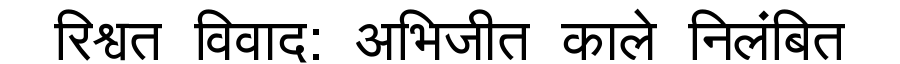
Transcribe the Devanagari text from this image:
रिश्वत विवाद: अभिजीत काले निलंबित